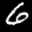
Label: 6